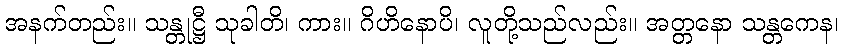
အနက်တည်း။ သန္တုဋ္ဌီ သုခါတိ၊ ကား။ ဂိဟိနောပိ၊ လူတို့သည်လည်း။ အတ္တနော သန္တကေန၊